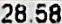
28.58